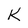
Character: K